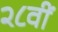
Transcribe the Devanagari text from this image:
२८वीं